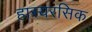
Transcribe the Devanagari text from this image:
हास्यरसिक